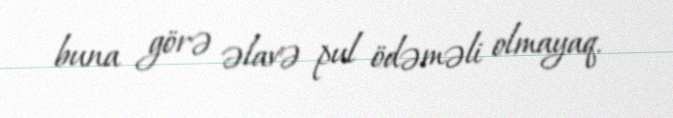
buna görə əlavə pul ödəməli olmayaq.